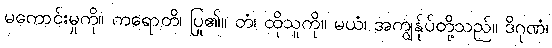
မကောင်းမှုကို။ ကရောတိ၊ ပြု၏။ တံ၊ ထိုသူကို။ မယံ၊ အကျွန်ုပ်တို့သည်။ ဒိဂုဏံ၊